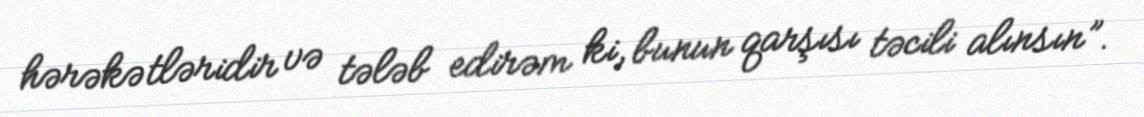
hərəkətləridir və tələb edirəm ki, bunun qarşısı təcili alınsın”.